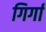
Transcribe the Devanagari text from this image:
गिर्गा